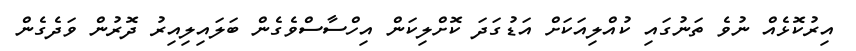
އިރުކޮޅެއް ނުވެ ތަނުގައި ކުއްލިއަކަށް އަޑުގަދަ ކޮށްލިކަން އިހްސާސްވެގެން ބަލައިލިއިރު ދޮރުން ވަދެގެން